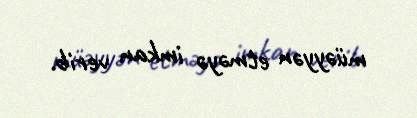
müəyyən etməyə imkan verib.